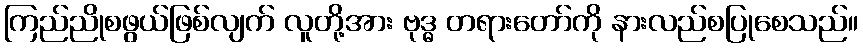
ကြည်ညိုစဖွယ်ဖြစ်လျက် လူတို့အား ဗုဒ္ဓ တရားတော်ကို နားလည်စပြုစေသည်။